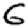
Digit: 6